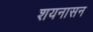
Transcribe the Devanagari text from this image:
शयनासन